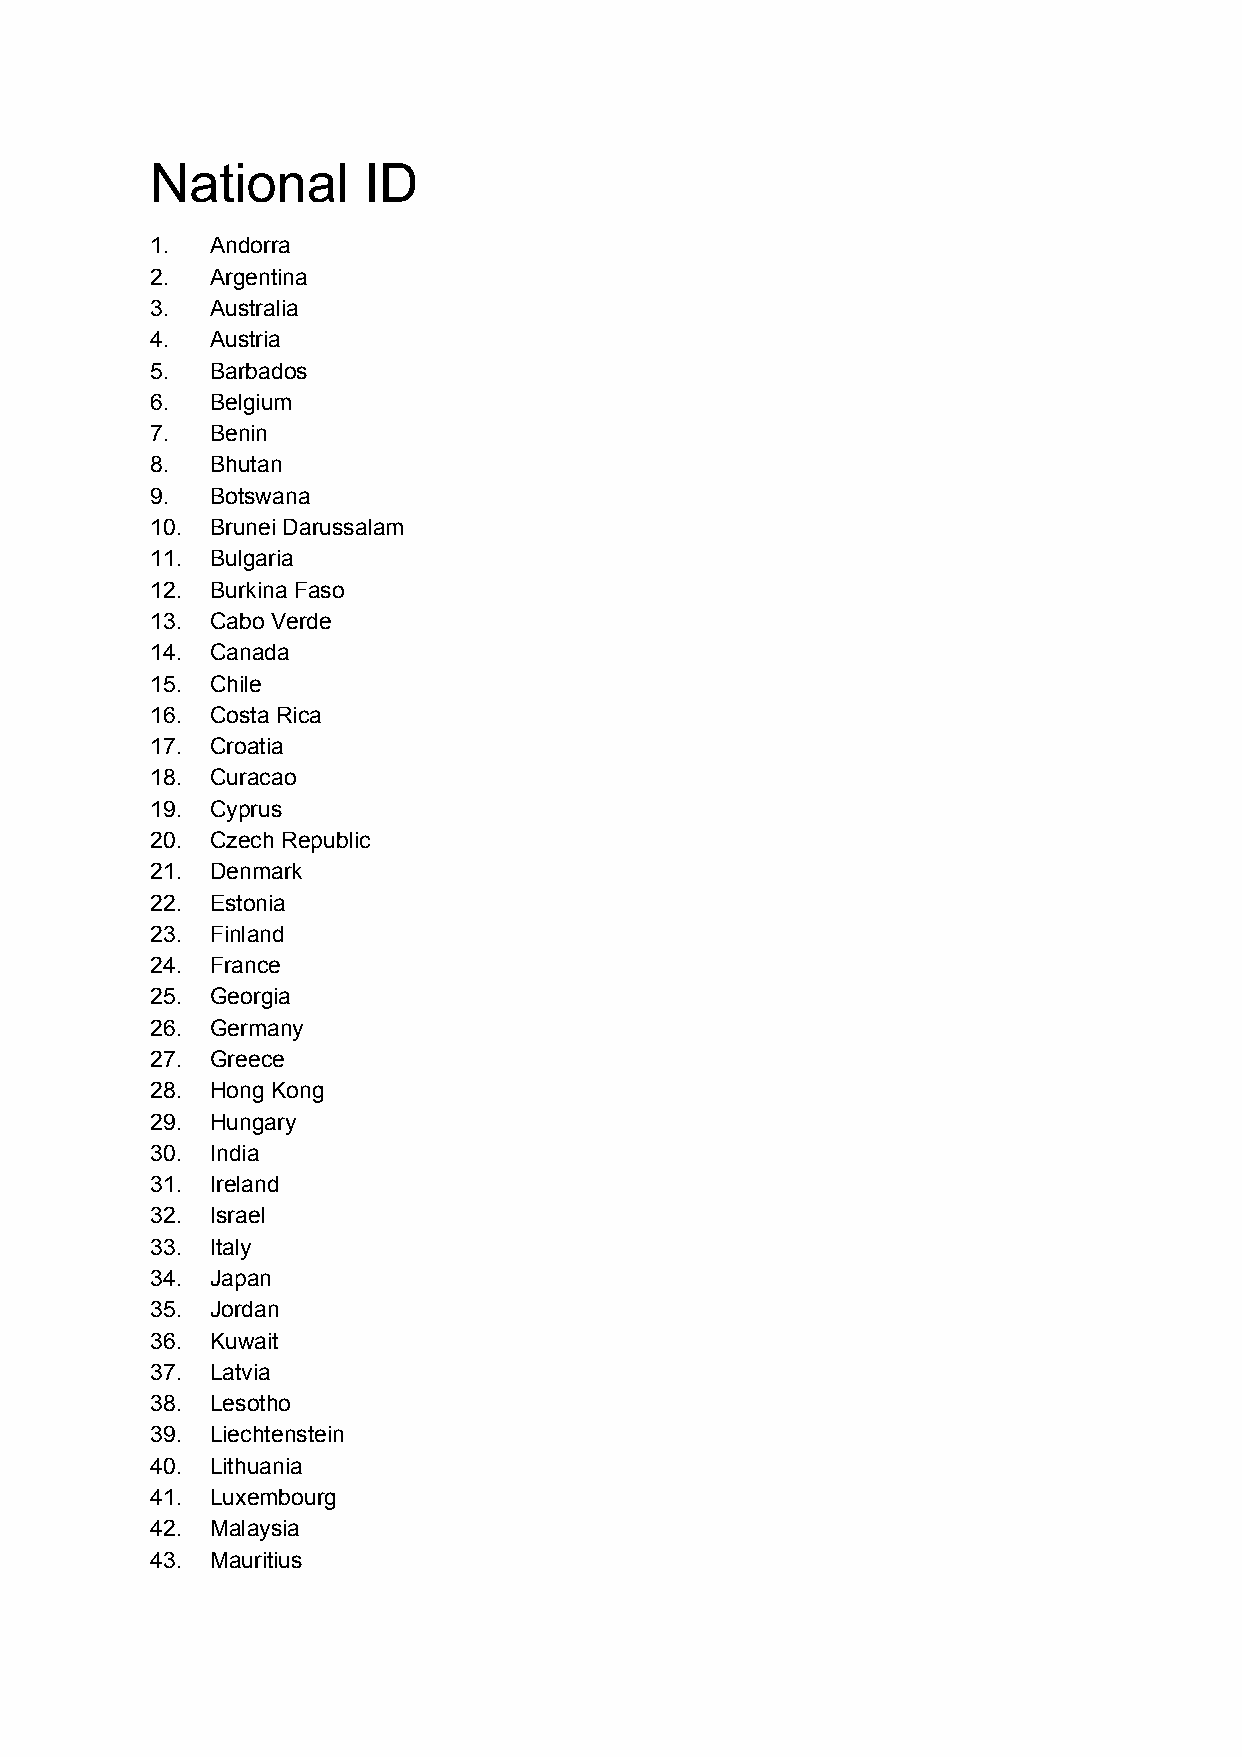
National      ID
 1.  Andorra
 2.  Argentina
 3.  Australia
 4.  Austria
 5.  Barbados
 6.  Belgium
 7.  Benin
 8.  Bhutan
 9.  Botswana
 10. Brunei Darussalam
 11. Bulgaria
 12. Burkina Faso
 13. Cabo Verde
 14. Canada
 15. Chile
 16. Costa Rica
 17. Croatia
 18. Curacao
 19. Cyprus
 20. Czech Republic
 21. Denmark
 22. Estonia
 23. Finland
 24. France
 25. Georgia
 26. Germany
 27. Greece
 28. Hong Kong
 29. Hungary
 30. India
 31. Ireland
 32. Israel
 33. Italy
 34. Japan
 35. Jordan
 36. Kuwait
 37. Latvia
 38. Lesotho
 39. Liechtenstein
 40. Lithuania
 41. Luxembourg
 42. Malaysia
 43. Mauritius